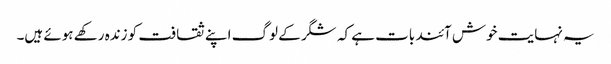
یہ نہایت خوش آئند بات ہے کہ شگر کے لوگ اپنے ثقافت کو زندہ رکھے ہوئے ہیں۔